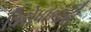
વિરોધાભાષી